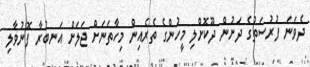
ދެވަނަ ފުރުސަތުގެ ދަށުން ދޫކޮށްލި މީހުންގެ ތެރެއިން މިހާތަނަށް ޖަލަށް އަނބުރާ ފޮނުވާލި